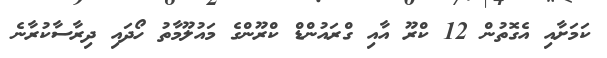
ކަމަށާއި އެގޮތުން 12 ކްރޫ އާއި ގްރައުންޑް ކްރޫންގެ މައުލޫމާތު ހޯދައި ދިރާސާކުރާނެ